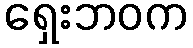
ရှေးဘဝက